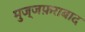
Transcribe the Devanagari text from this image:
मुज्जफ़राबाद